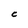
Character: C